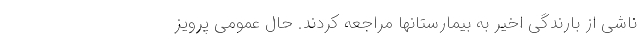
ناشی از بارندگی اخیر به بیمارستانها مراجعه کردند. حال عمومی پرویز